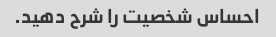
احساس شخصیت را شرح دهید.